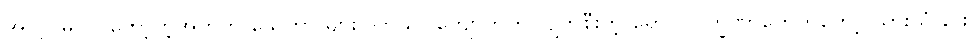
အလုပ်မလုပ်တော့တဲ့အတွက် သေတာ များပါတယ်။ ကျောက်ကပ်ပျက်စီးတဲ့ ရောဂါလက္ခဏာတွေကတော့ ယားယံခြင်း၊